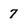
Character: 7